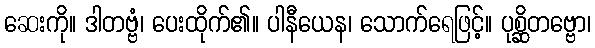
ဆေးကို။ ဒါတဗ္ဗံ၊ ပေးထိုက်၏။ ပါနီယေန၊ သောက်ရေဖြင့်။ ပုစ္ဆိတဗ္ဗော၊